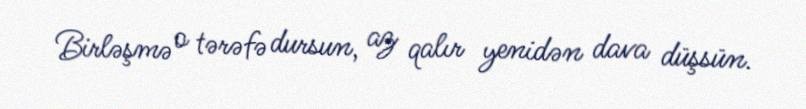
Birləşmə o tərəfə dursun, az qalır yenidən dava düşsün.